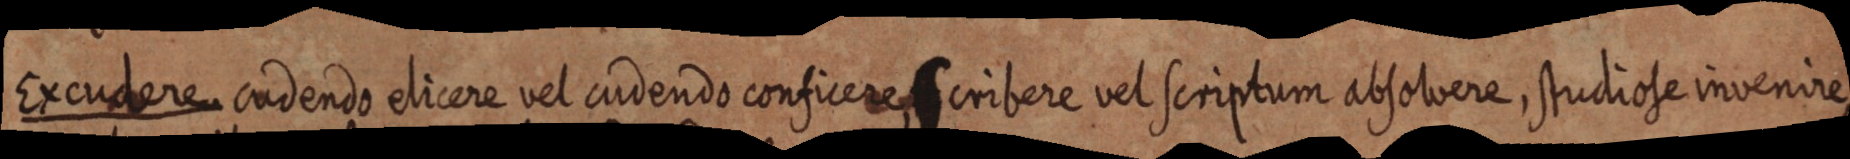
Excudere cudendo elicere vel cudendo conficere scribere vel scriptum absolvere, studiose invenire,